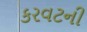
કરવટની